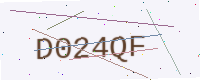
Text: D024QF